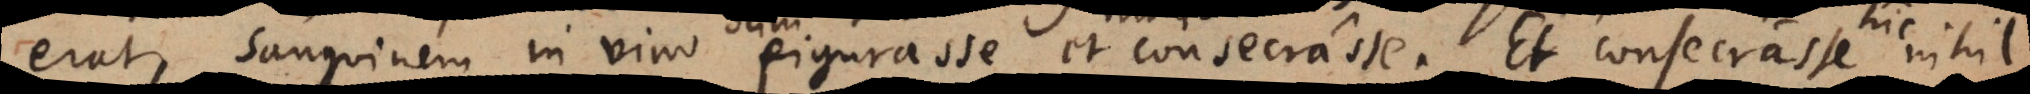
erat, sanguinem in vino figurasse et consecrasse. Et consecrasse nihil